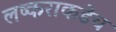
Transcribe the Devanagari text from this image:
लष्कराकडेच